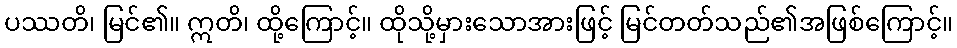
ပဿတိ၊ မြင်၏။ ဣတိ၊ ထို့ကြောင့်။ ထိုသို့မှားသောအားဖြင့် မြင်တတ်သည်၏အဖြစ်ကြောင့်။